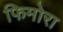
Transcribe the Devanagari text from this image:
फिमोरा